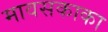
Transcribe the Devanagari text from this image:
मावसकाका